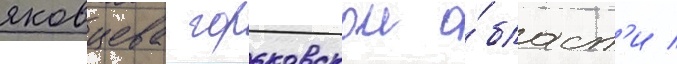
яковцева горьковскои о́бласт'и /